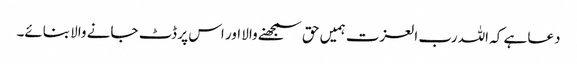
دعا ہے کہ اللہ رب العزت ہمیں حق سمجھنے والا اور اس پر ڈٹ جانے والا بنائے۔